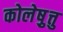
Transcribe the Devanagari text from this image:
कोलेष़ुत्तु